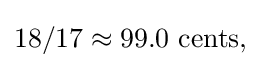
18/17\approx 99.0{\text{ cents,}}